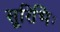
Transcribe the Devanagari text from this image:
सूरिभिः